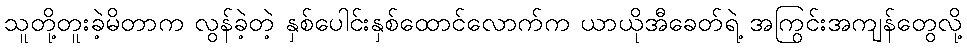
သူတို့တူးခဲ့မိတာက လွန်ခဲ့တဲ့ နှစ်ပေါင်းနှစ်ထောင်လောက်က ယာယိုအီခေတ်ရဲ့ အကြွင်းအကျန်တွေလို့